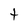
Character: t